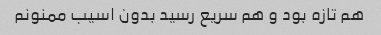
هم تازه بود و هم سریع رسید بدون اسیب ممنونم